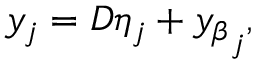
y _ { j } = D \eta _ { j } + { y _ { \beta } } _ { j } ,